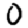
Digit: 0